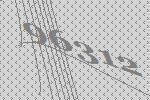
96312